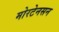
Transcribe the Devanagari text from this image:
मोरटेनसन